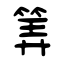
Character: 筭